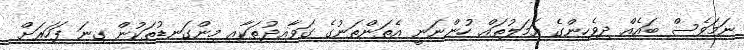
ނަމަވެސް ބައެއް ދިވެހިންގެ އަމަލުތައް ހުންނަނީ އެތަންތަނުގެ ގަވާއިދުތަކާއި މިންގަނޑުތަކުން ގިނަ ފަހަރަށް